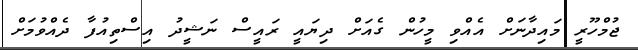
ޖުމްހޫރީ މައިދާނަށް އެއްވި މީހުން ގެއަށް ދިޔައީ ރައީސް ނަޝީދު އިސްތިއުފާ ދެއްވުމަށް